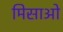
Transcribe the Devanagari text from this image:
मिसाओ